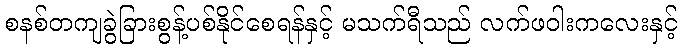
စနစ်တကျခွဲခြားစွန့်ပစ်နိုင်စေရန်နှင့် မသက်ရီသည် လက်ဖဝါးကလေးနှင့်